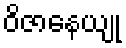
ဝိဇာနေယျု